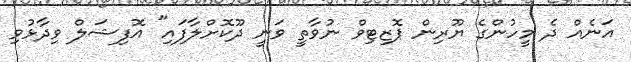
އަނެއް ދެ މީހުންގެ ޔޫރިން ޕޮޒިޓިވް ނުވާތީ ވަނީ ދޫކޮށްލާފައި" އޮފިޝަލް ވިދާޅުވި